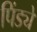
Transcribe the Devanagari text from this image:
पिंड्ये